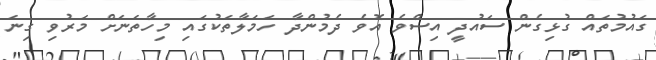
ގައުމުތައް ގުޅިގެން ސައުދީ އިސްވެ އޮވެ ދެމުންދާ ހަމަލާތަކުގައި މިހާތަނަށް މަރުވި ގިނަ